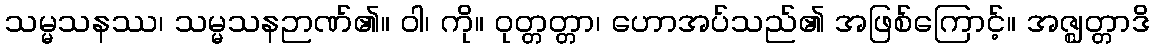
သမ္မသနဿ၊ သမ္မသနဉာဏ်၏။ ဝါ၊ ကို။ ဝုတ္တတ္တာ၊ ဟောအပ်သည်၏ အဖြစ်ကြောင့်။ အဇ္ဈတ္တာဒိ